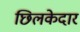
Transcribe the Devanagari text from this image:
छिलकेदार